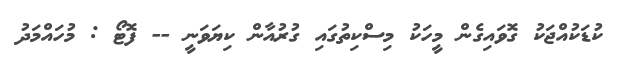
ކުޑަކުއްޖަކު ގޮވައިގެން މީހަކު މިސްކިތުގައި ގުރުއާން ކިޔަވަނީ -- ފޮޓޯ : މުހައްމަދު